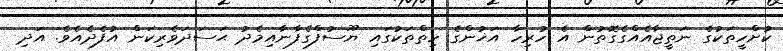
ކުށްހީތަކުގެ ނަތީޖާއެއްގެގޮތުން އެ ހުރިހާ އަޚުންގެ ހިތްތަކުގައި ޔޫސުފްގެފާނާއިމެދު ޙަސަދަވެރިކަން އުފެދެއެވެ. އަދި